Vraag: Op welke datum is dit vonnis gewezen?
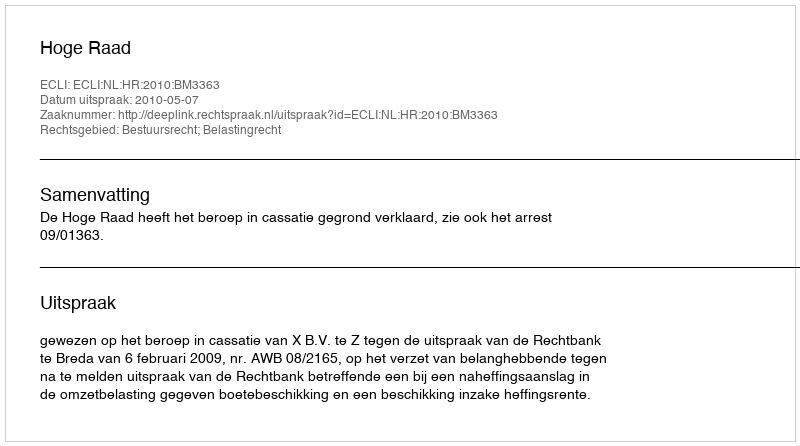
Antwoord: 2010-05-07